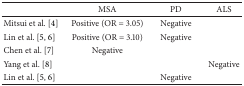
|  | MSA | PD | ALS |
 | --- | --- | --- | --- |
 | Mitsui et al. [4] | Positive (OR = 3.05) | Negative |  |
 | Lin et al. [5, 6] | Positive (OR = 3.10) | Negative |  |
 | Chen et al. [7] | Negative |  |  |
 | Yang et al. [8] |  |  | Negative |
 | Lin et al. [5, 6] |  | Negative |  |